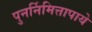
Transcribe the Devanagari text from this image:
पुनर्निमित्तापाये